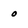
Character: o